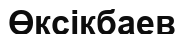
Өксікбаев